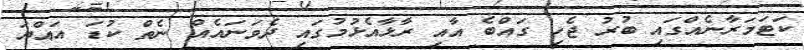
ކަޓަމަރާނެއްގައި ބުރު ޖެހި ގައްބެ އާއި ރާޅާއެޅުމުގައި ދެވަނައެއް ނެތް ކުޑަ އައްޔަ